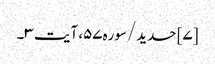
[۷] حدید/سوره۵۷، آیت ۳۔